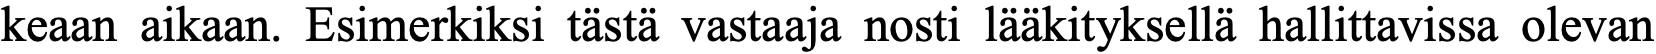
keaan aikaan. Esimerkiksi tästä vastaaja nosti lääkityksellä hallittavissa olevan